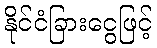
နိုင်ငံခြားငွေဖြင့်